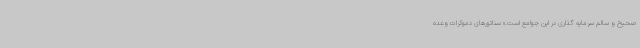
صحیح و سالم سرمایه گذاری در این جوامع است.» سناتورهای دموکرات وعده